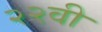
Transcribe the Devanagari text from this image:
२२वी